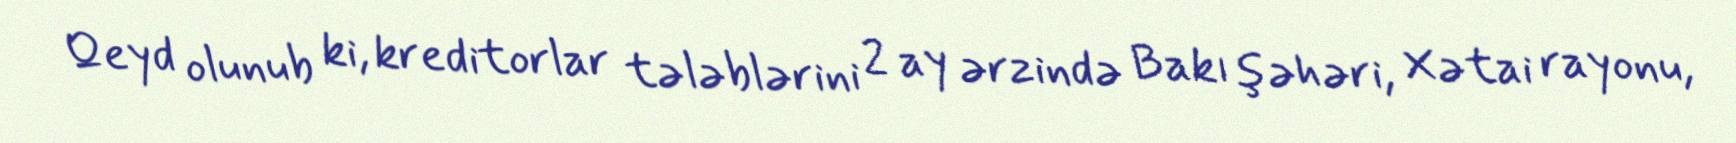
Qeyd olunub ki, kreditorlar tələblərini 2 ay ərzində Bakı şəhəri, Xətai rayonu,